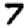
Digit: 7